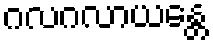
ဂလဂလာယန္တေ